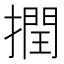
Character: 撋